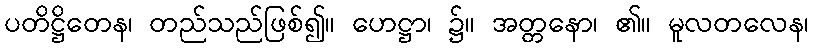
ပတိဋ္ဌိတေန၊ တည်သည်ဖြစ်၍။ ဟေဋ္ဌာ၊ ၌။ အတ္တနော၊ ၏။ မူလတလေန၊